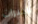
الخبرات